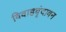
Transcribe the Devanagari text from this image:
विवाहवृंदावन